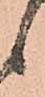
候